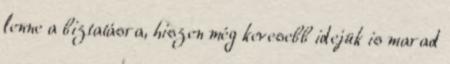
lenne a biztatásra, hiszen még kevesebb idejük is marad